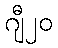
ဂျီ၂၀